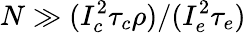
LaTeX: N\gg(I_{c}^{2}\tau_{c}\rho)/(I_{e}^{2}\tau_{e})